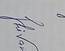
Signature authenticity: genuine